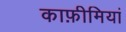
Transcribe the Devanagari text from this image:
काफ़ीमियां